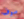
سوف